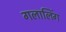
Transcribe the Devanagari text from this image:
गलालिंग